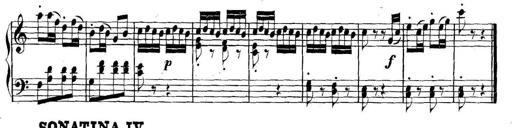
Title: Collected Piano Sonatas
Composer: Muzio Clementi